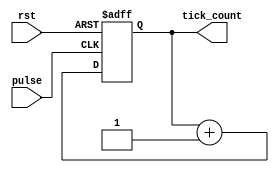
module tick_counter (
  input rst,
  input pulse,
  output [31:0] tick_count
);

reg [31:0] ms_counter;

initial begin 
  ms_counter = 0;
end

always @(posedge pulse or posedge rst) begin
  if (rst) begin
    ms_counter = 0;
  end
  else begin 
    ms_counter = ms_counter + 1;
  end
end

assign tick_count = ms_counter;

endmodule